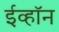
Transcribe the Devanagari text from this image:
ईव्हॉन